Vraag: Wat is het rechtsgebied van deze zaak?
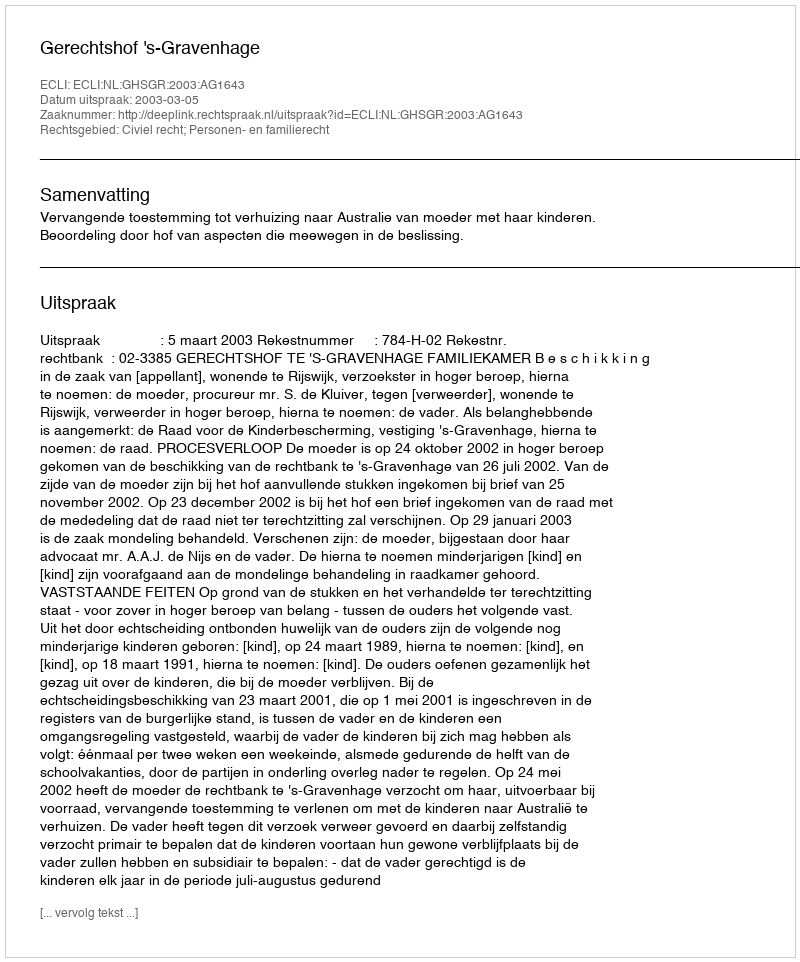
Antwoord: Civiel recht; Personen- en familierecht